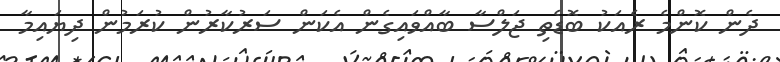
ދެން ކޮންމެ ރެއަކު ބޮޑެތި ޖަލްސާ ބާއްވައިގެން އެކަން ސަރުކާރުން ކުރަމުން ދިޔައިމާ